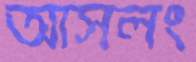
আসলং